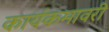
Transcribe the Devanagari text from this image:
कार्यकमावरी